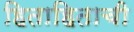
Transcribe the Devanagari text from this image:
हिताहिताची